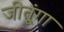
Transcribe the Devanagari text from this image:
जीतूंगा